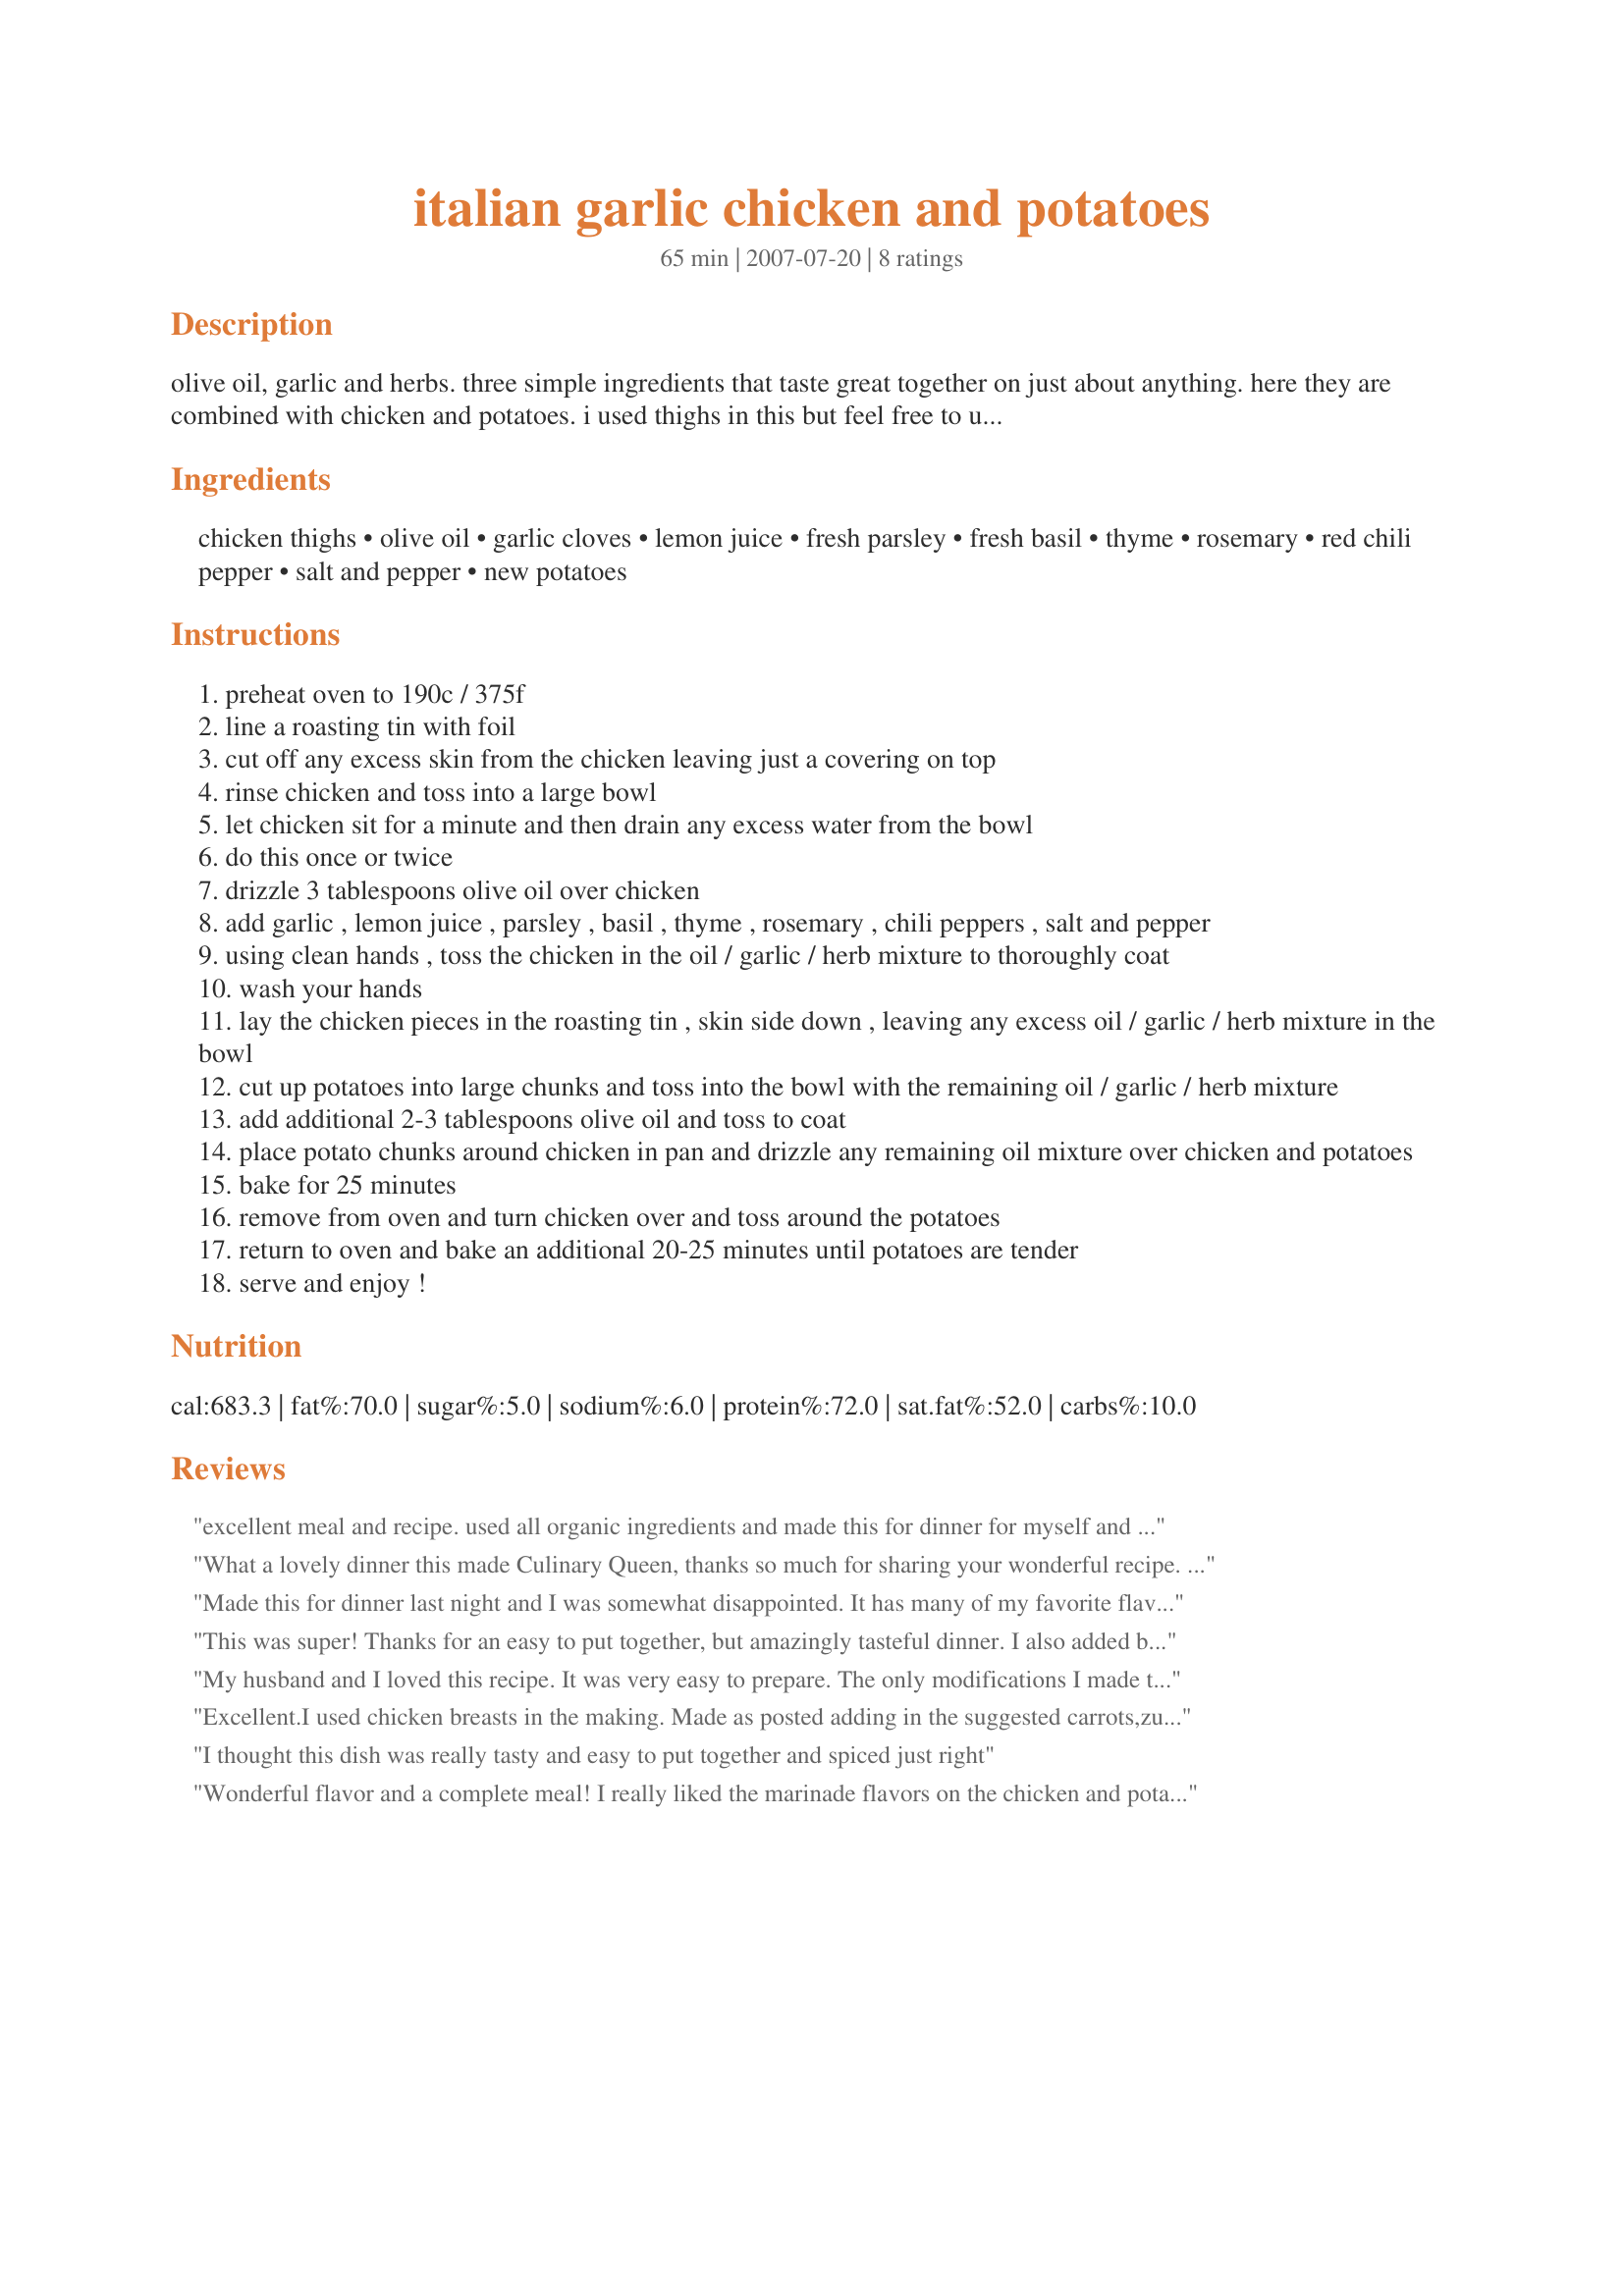
italian garlic chicken and potatoes
Preparation time: 65 minutes

olive oil, garlic and herbs. three simple ingredients that taste great together on just about anything. here they are combined with chicken and potatoes. i used thighs in this but feel free to used legs or breasts. it looks like a lot of steps, but it's really easy to put together. for a complete meal, add some veggies such as sliced carrots, zucchini, peppers, etc. makes for easy cleanup too!

Ingredients:
chicken thighs, olive oil, garlic cloves, lemon juice, fresh parsley, fresh basil, thyme, rosemary, red chili pepper, salt and pepper, new potatoes

Steps:
preheat oven to 190c / 375f
line a roasting tin with foil
cut off any excess skin from the chicken leaving just a covering on top
rinse chicken and toss into a large bowl
let chicken sit for a minute and then drain any excess water from the bowl
do this once or twice
drizzle 3 tablespoons olive oil over chicken
add garlic , lemon juice , parsley , basil , thyme , rosemary , chili peppers , salt and pepper
using clean hands , toss the chicken in the oil / garlic / herb mixture to thoroughly coat
wash your hands
lay the chicken pieces in the roasting tin , skin side down , leaving any excess oil / garlic / herb mixture in the bowl
cut up potatoes into large chunks and toss into the bowl with the remaining oil / garlic / herb mixture
add additional 2-3 tablespoons olive oil and toss to coat
place potato chunks around chicken in pan and drizzle any remaining oil mixture over chicken and potatoes
bake for 25 minutes
remove from oven and turn chicken over and toss around the potatoes
return to oven and bake an additional 20-25 minutes until potatoes are tender
serve and enjoy !

Reviews:
excellent meal and recipe. used all organic ingredients and made this for dinner for myself and my 3 yr old daughter. we devoured it. had to omit the red chili peppers for her, and threw in some carrots; also for her. the potatoes and carrots took on such a deep delicious flavor from the garlic. (i left mine whole per my daughters request; she loves them that way). this recipe is easy, healthy and delicious. the meat is tender and very flavorful. thanks for sharing.
What a lovely dinner this made Culinary Queen, thanks so much for sharing your wonderful recipe. It was quick and very easy to throw together. I used 2 very large chicken breasts, so I let the dish cook an extra half hour. The chicken and potatoes were crisp, crunchy, tender, moist and oh so flavourful. Just the perfect amount of seasonings and spices. I will be making this often.
Made this for dinner last night and I was somewhat disappointed. It has many of my favorite flavorings, but I thought it was not very tasty. I think that next time, I would add all the ingredients to the chicken and let it marinate for at least an hour before cooking it. Also, there wasn't enough of the mixture left to flavor the potatoes and I only used 6 thighs and 3 potatoes. I will try this again using the marinating idea and mix up additional for the potatoes and let you know how that goes. Thanks for posting.
This was super! Thanks for an easy to put together, but amazingly tasteful dinner. I also added baby carrots to the mix and I wish I had added the fresh brussles sprouts fro the fridge...oh well next time. I will definately be making this again. I also Used chicken breast (bone in) and halved them so they would be closer to the size of a chicken thigh. Thanks again!
My husband and I loved this recipe. It was very easy to prepare. The only modifications I made to it were to eliminate the red chili peppers (we just don't like them) and to reduce the portions. There's just two of us - we didn't need 8 pieces of chicken! The chicken was wonderfully tender, the potatoes flavorful and it will defiantly be on the menu again sometime soon.
Excellent.I used chicken breasts in the making. Made as posted adding in the suggested carrots,zucchini and peppers along with the potatoes. Served this with Recipe#242758 making for a meal that was both easy, delicious and flavorful .Thank you for sharing.
I thought this dish was really tasty and easy to put together and spiced just right
Wonderful flavor and a complete meal! I really liked the marinade flavors on the chicken and potatoes. It was great that the whole meal cooked together. The only thing I might do differently, is to increase the temperature so the potatoes and chicken get a bit crispier. Thank you!
